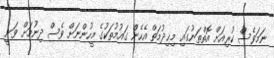
ނަމަވެސް ކުރިއަށް އޮތްތަނުގައި މިޚިދުމަތް އެހެން ގައުމުތަކުގެ މީހުންނަށް ވެސް ދިނުމަށް ވަނީ